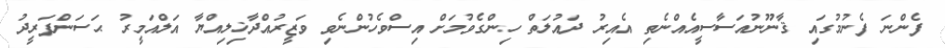
ފެންނަ ފެނުމުގައި ޤާނޫނުއަސާސީއެއްނެތި އެއިރު ދައުލަތް ހިންގެވުމަށް އިސްވެހުންނެވި ވަޒީރުއްދާޚިލިއްޔާ އަލްއަމީރު ޙަސަންފަރީދު